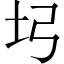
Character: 𡉖